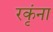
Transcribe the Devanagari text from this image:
रकृंना